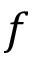
f